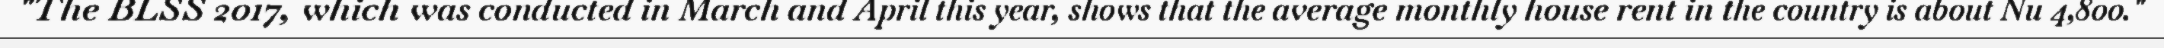
"The BLSS 2017, which was conducted in March and April this year, shows that the average monthly house rent in the country is about Nu 4,800."